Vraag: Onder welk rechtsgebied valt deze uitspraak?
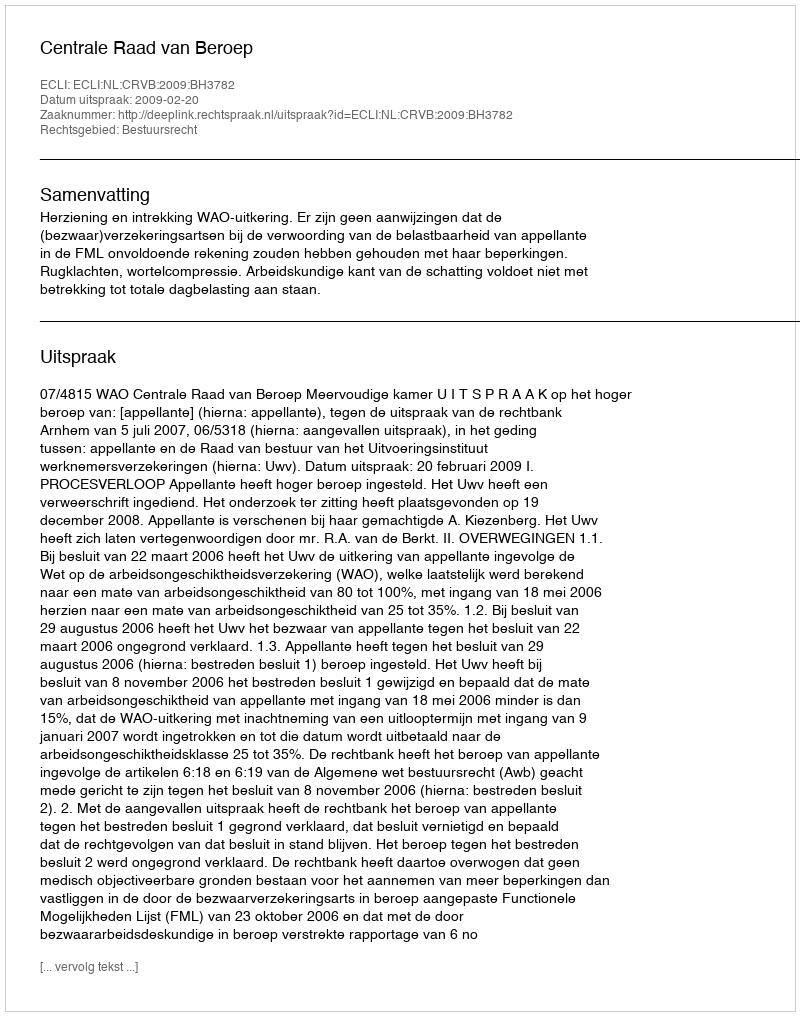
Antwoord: Bestuursrecht